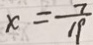
x = \frac { 7 } { 1 9 }